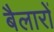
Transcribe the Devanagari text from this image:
बैलारों